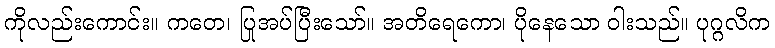
ကိုလည်းကောင်း။ ကတေ၊ ပြုအပ်ပြီးသော်။ အတိရေကော၊ ပိုနေသော ဝါးသည်။ ပုဂ္ဂလိက